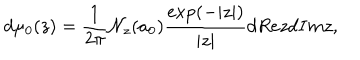
LaTeX: d \mu _ { 0 } ( z ) = { \frac { 1 } { 2 \pi } } { \cal N } _ { z } ( a _ { 0 } ) { \frac { \exp ( - | z | ) } { | z | } } d R e z d I m z ,